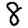
Digit: 8